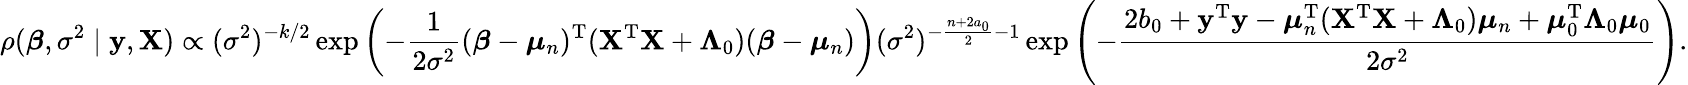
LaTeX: \rho({\boldsymbol{\beta}},\sigma^{2}\mid\mathbf{y},\mathbf{X})\propto(\sigma^{2})^{-k/2}\exp\left(-{\frac{1}{2{\sigma}^{2}}}({\boldsymbol{\beta}}-{\boldsymbol{\mu}}_{n})^{\mathrm{{T}}}(\mathbf{X}^{\mathrm{{T}}}\mathbf{X}+\mathbf{\Lambda}_{0})({\boldsymbol{\beta}}-{\boldsymbol{\mu}}_{n})\right)(\sigma^{2})^{-{\frac{n+2a_{0}}{2}}-1}\exp\left(-{\frac{2b_{0}+\mathbf{y}^{\mathrm{{T}}}\mathbf{y}-{\boldsymbol{\mu}}_{n}^{\mathrm{{T}}}(\mathbf{X}^{\mathrm{{T}}}\mathbf{X}+{\boldsymbol{\Lambda}}_{0}){\boldsymbol{\mu}}_{n}+{\boldsymbol{\mu}}_{0}^{\mathrm{{T}}}{\boldsymbol{\Lambda}}_{0}{\boldsymbol{\mu}}_{0}}{2\sigma^{2}}}\right).